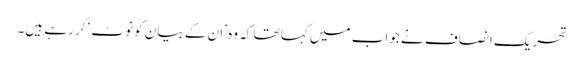
تحریک انصاف نے جواب میں کہا تھا کہ وہ ’ان کے بیان کو نوٹ‘ کر رہے ہیں۔